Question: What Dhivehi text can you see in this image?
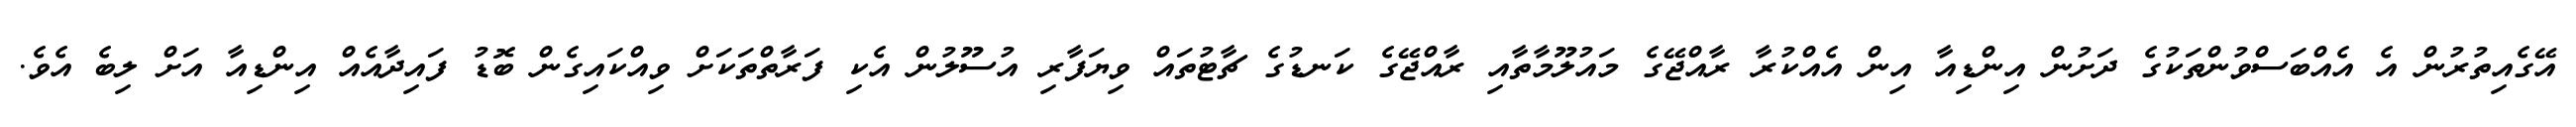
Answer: އޭގެއިތުރުން އެ އެއްބަސްވުންތަކުގެ ދަށުން އިންޑިއާ އިން އެއްކުރާ ރާއްޖޭގެ މައުލޫމާތާއި ރާއްޖޭގެ ކަނޑުގެ ޗާޓުތައް ވިޔަފާރި އުސޫލުން އެކި ފަރާތްތަކަށް ވިއްކައިގެން ބޮޑު ފައިދާއެއް އިންޑިއާ އަށް ލިބެ އެވެ.